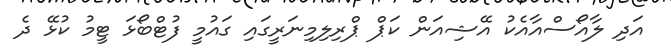
އަދި ލާއޯސްއާއެކު އޭޝިއަން ކަޕް ޕްރިލިމިނަރީގައި ގައުމީ ފުޓްބޯޅަ ޓީމު ކުޅޭ ދެ